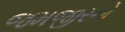
જમજીરનો